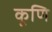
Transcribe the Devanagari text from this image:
कूणि